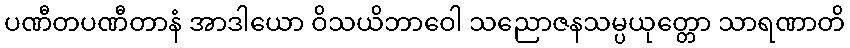
ပဏီတပဏီတာနံ အာဒါယော ဝိသယိဘာဝေါ သညောဇနသမ္ပယုတ္တော သာရဏာတိ